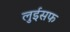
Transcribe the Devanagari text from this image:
लुईसफ